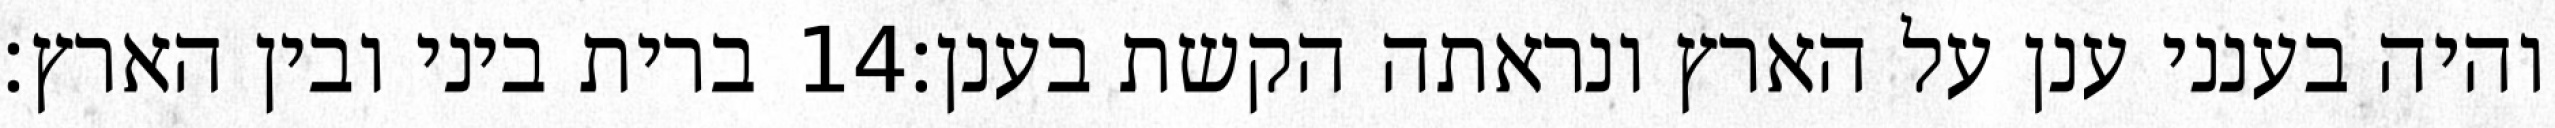
ברית ביני ובין הארץ׃ ‎14‏ והיה בענני ענן על הארץ ונראתה הקשת בענן׃